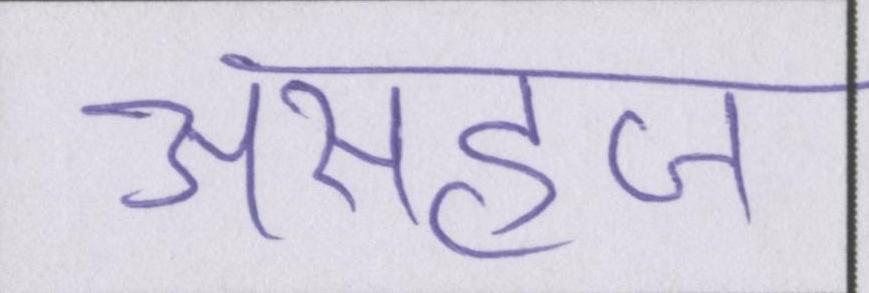
असहज